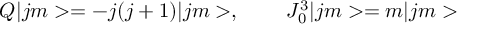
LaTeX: Q | j m > = - j ( j + 1 ) | j m > , \; \; \; \; \; \; \; \; J _ { 0 } ^ { 3 } | j m > = m | j m >